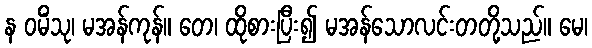
န ဝမိံသု၊ မအန်ကုန်။ တေ၊ ထိုစားပြီး၍ မအန်သောလင်းတတို့သည်။ မေ၊